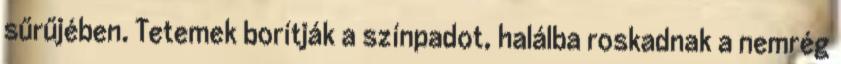
sűrűjében. Tetemek borítják a színpadot, halálba roskadnak a nemrég